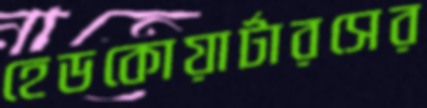
হেডকোয়ার্টারসের